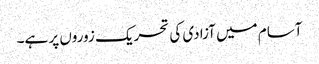
آسام میں آزادی کی تحریک زوروں پر ہے۔